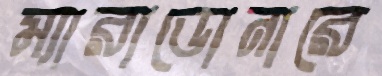
ম্যারাডোনারে